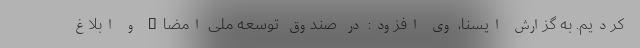
کردیم. به گزارش ایسنا، وی افزود: در صندوق توسعه ملی امضاء و ابلاغ